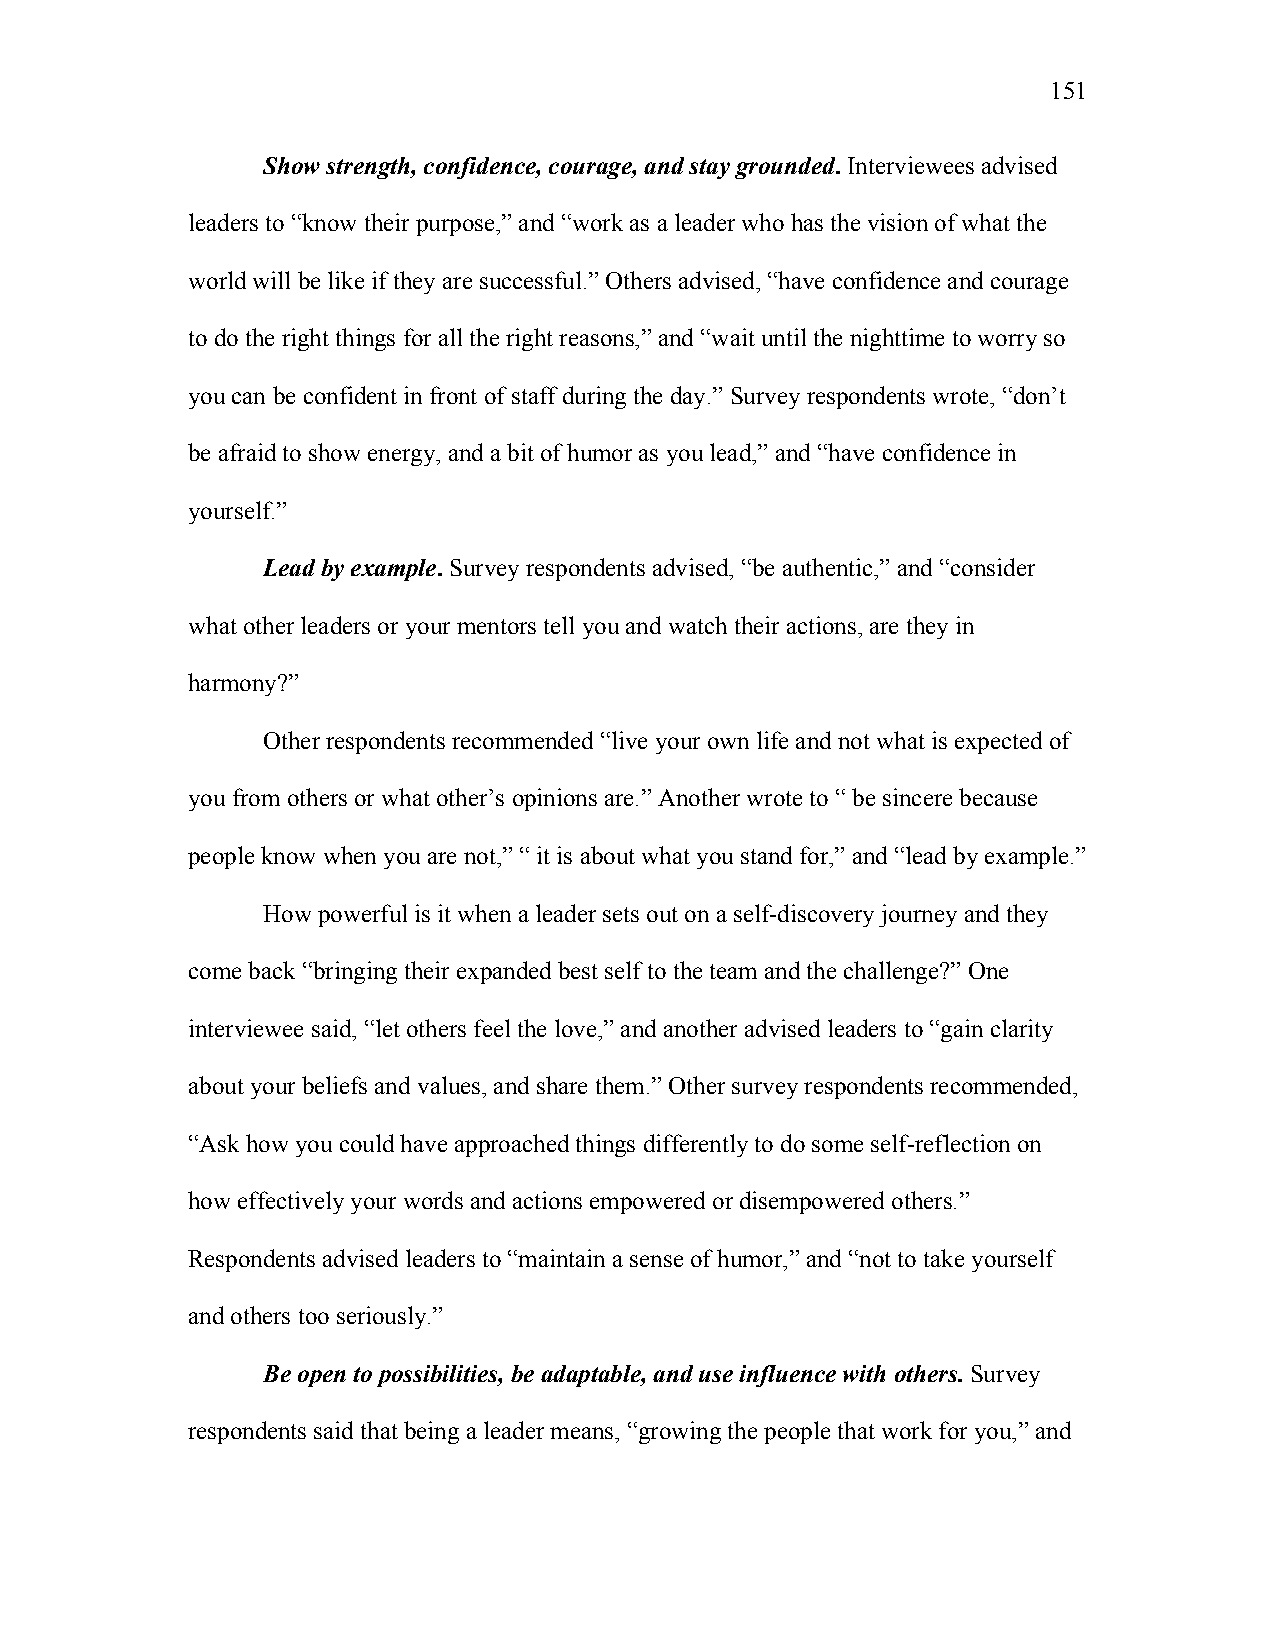
151
 Show strength, confidence, courage, and stay grounded. Interviewees advised
 leaders to “know their purpose,” and “work as a leader who has the vision of what the
 world will be like if they are successful.” Others advised, “have confidence and courage
 to do the right things for all the right reasons,” and “wait until the nighttime to worry so
 you can be confident in front of staff during the day.” Survey respondents wrote, “don’t
 be afraid to show energy, and a bit of humor as you lead,” and “have confidence in
 yourself.”
 Lead by example. Survey respondents advised, “be authentic,” and “consider
 what other leaders or your mentors tell you and watch their actions, are they in
 harmony?”
 Other respondents recommended “live your own life and not what is expected of
 you from others or what other’s opinions are.” Another wrote to “ be sincere because
 people know when you are not,” “ it is about what you stand for,” and “lead by example.”
 How powerful is it when a leader sets out on a self-discovery journey and they
 come back “bringing their expanded best self to the team and the challenge?” One
 interviewee said, “let others feel the love,” and another advised leaders to “gain clarity
 about your beliefs and values, and share them.” Other survey respondents recommended,
 “Ask how you could have approached things differently to do some self-reflection on
 how effectively your words and actions empowered or disempowered others.”
 Respondents advised leaders to “maintain a sense of humor,” and “not to take yourself
 and others too seriously.”
 Be open to possibilities, be adaptable, and use influence with others. Survey
 respondents said that being a leader means, “growing the people that work for you,” and